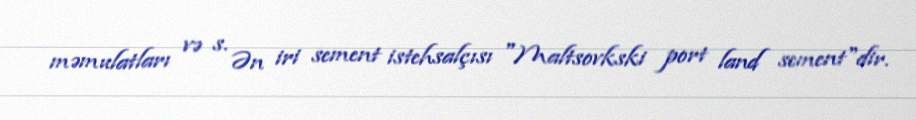
məmulatları və s. Ən iri sement istehsalçısı "Maltsovkski port land sement"dir.